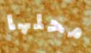
محلها